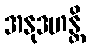
အနုဒဟန္တိ